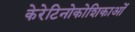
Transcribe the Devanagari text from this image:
केरेटिनोकोशिकाओं